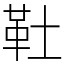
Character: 靯